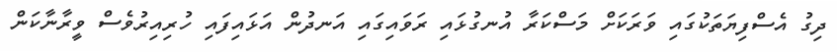
ދިގު އެސްފިޔަތަކުގައި ވަރަކަށް މަސްކަރާ އުނގުޅައި ރަވައިގައި އަނދުން އަޅައިފައި ހުރިއިރުވެސް ވީރާނާކަން